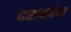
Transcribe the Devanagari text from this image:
दशकांन